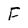
Character: F